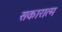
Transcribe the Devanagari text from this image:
सकारात्म